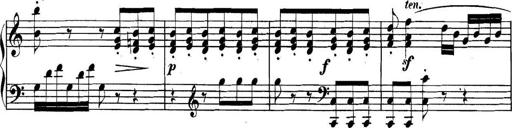
Title: Collected Piano Sonatas
Composer: Muzio Clementi